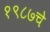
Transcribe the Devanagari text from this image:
१९८७चे